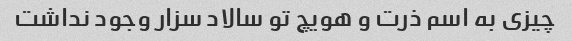
چیزی به اسم ذرت و هویچ تو سالاد سزار وجود نداشت